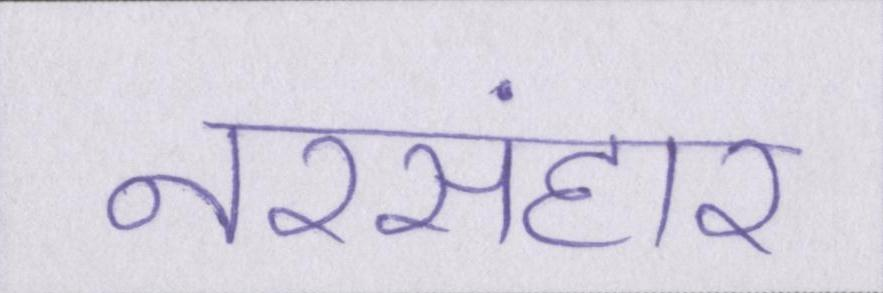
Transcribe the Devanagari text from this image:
नरसंहार